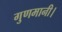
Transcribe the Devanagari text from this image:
गुणमानी।